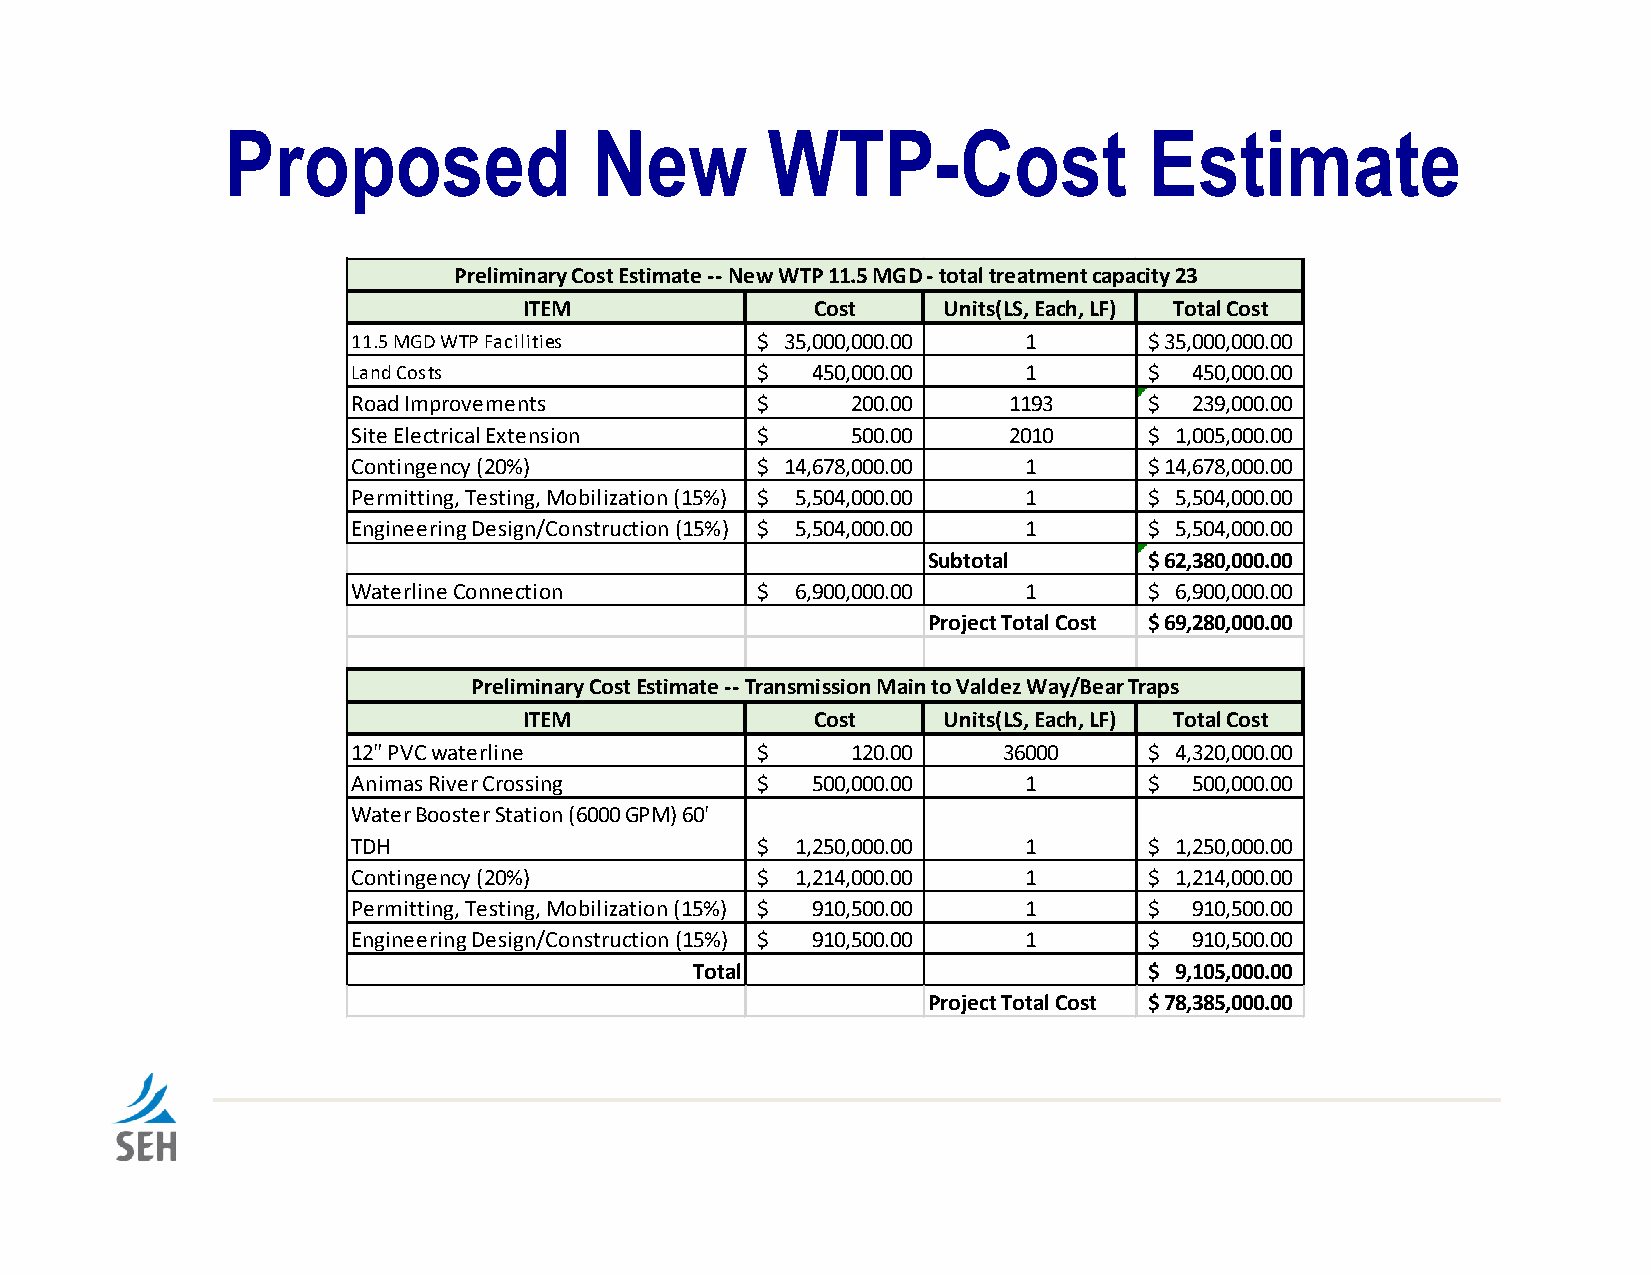
Proposed                New         WTP-Cost                 Estimate
 Preliminary Cost Estimate ‐‐ New WTP 11.5 MGD ‐ total treatment capacity 23
 ITEM               Cost    Units(LS, Each, LF) Total Cost
 11.5 MGD WTP Facilities    $ 35,000,000.00   1       $ 35,000,000.00
 Land Costs                 $   450,000.00    1       $  450,000.00
 Road Improvements          $     200.00     1193     $  239,000.00
 Site Electrical Extension  $     500.00     2010     $ 1,005,000.00
 Contingency (20%)          $ 14,678,000.00   1       $ 14,678,000.00
 Permitting, Testing, Mobilization (15%) $ 5,504,000.00 1 $ 5,504,000.00
 Engineering Design/Construction (15%) $ 5,504,000.00 1 $ 5,504,000.00
 Subtotal       $ 62,380,000.00
 Waterline Connection       $  6,900,000.00   1       $ 6,900,000.00
 Project Total Cost $ 69,280,000.00
 Preliminary Cost Estimate ‐‐ Transmission Main to Valdez Way/Bear Traps
 ITEM               Cost    Units(LS, Each, LF) Total Cost
 12" PVC waterline          $     120.00    36000     $ 4,320,000.00
 Animas River Crossing      $   500,000.00    1       $  500,000.00
 Water Booster Station (6000 GPM) 60'
 TDH                        $  1,250,000.00   1       $ 1,250,000.00
 Contingency (20%)          $  1,214,000.00   1       $ 1,214,000.00
 Permitting, Testing, Mobilization (15%) $ 910,500.00 1 $ 910,500.00
 Engineering Design/Construction (15%) $ 910,500.00 1 $  910,500.00
 Total                         $ 9,105,000.00
 Project Total Cost $ 78,385,000.00